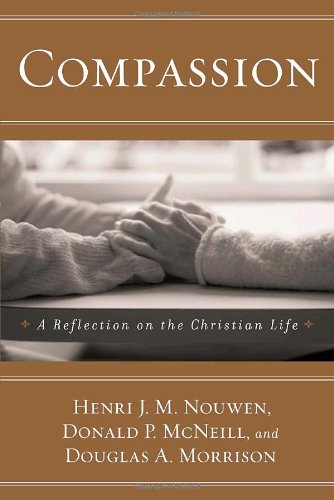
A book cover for Compassion: A Reflection on the Christian Life; Henri J.M. Nouwen; Christian Books & Bibles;